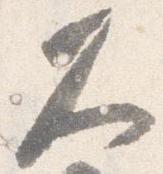
久